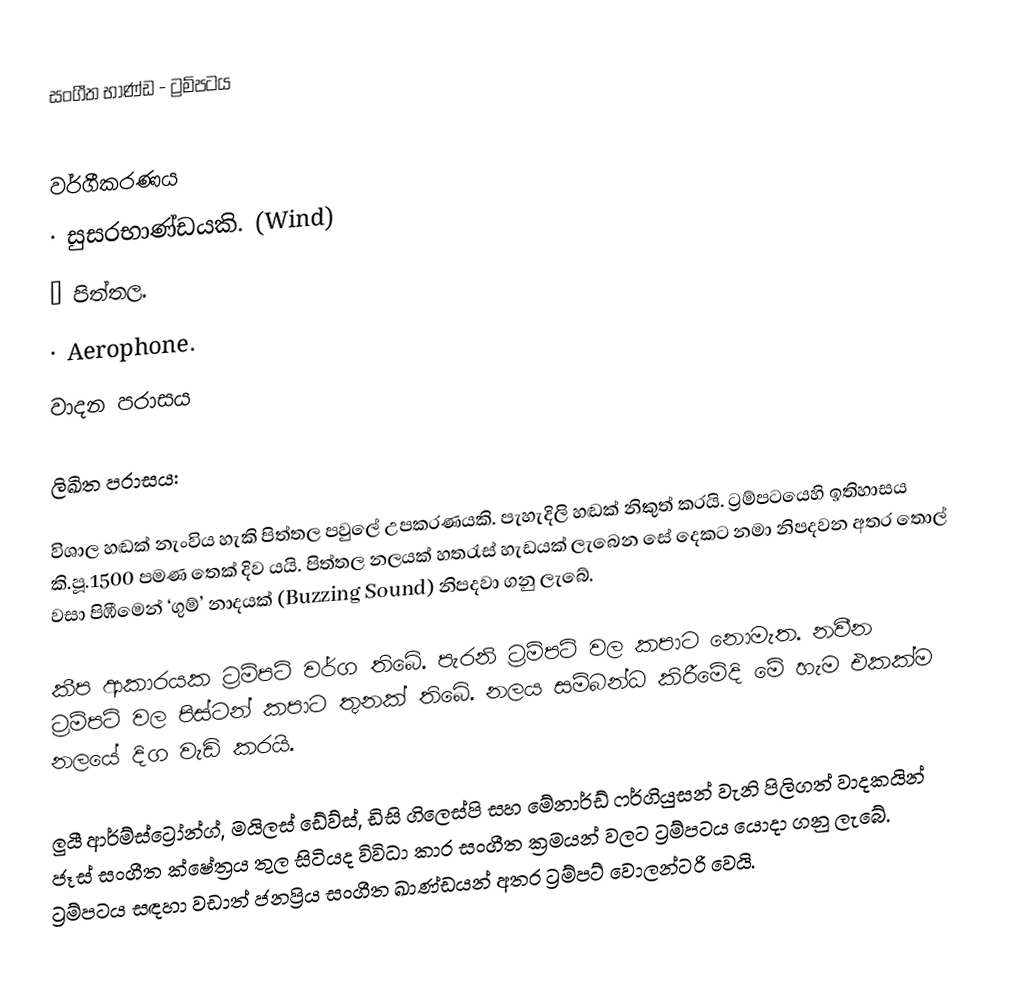
සංගීත භාණ්ඩ - ට්‍රම්පටය

වර්ගීකරණය
·	සුසරභාණ්ඩයකි. (Wind)
·	පිත්තල.
·	Aerophone.
වාදන පරාසය

ලිඛිත පරාසය:

විශාල හඬක් නැංවිය හැකි පිත්තල පවුලේ උපකරණයකි. පැහැදිලි හඬක් නිකුත් කරයි. ට්‍රම්පටයෙහි ඉතිහාසය කි.පූ.1500 පමණ තෙක් දිව යයි. පිත්තල නලයක් හතරැස් හැඩයක් ලැබෙන සේ දෙකට නමා නිපදවන අතර තොල් වසා පිඹීමෙන් ‘ගුම්’ නාදයක් (Buzzing Sound) නිපදවා ගනු ලැබේ.

කීප ආකාරයක ට්‍රම්පට් වර්ග තිබේ. පැරනි ට්‍රම්පට් වල කපාට නොමැත. නවීන ට්‍රම්පට් වල පිස්ටන් කපාට තුනක් තිබේ. නලය සම්බන්ධ කිරීමේදි මේ හැම එකක්ම නලයේ දිග වැඩි කරයි.

ලුයී ආර්ම්ස්ට්‍රෝන්ග්, මයිලස් ඩේව්ස්, ඩිසි ගිලෙස්පි සහ මේනාර්ඩ් ෆර්ගියුසන් වැනි පිලිගත් වාදකයින් ජෑස් සංගීත ක්ෂේත්‍රය තුල සිටියද විවිධා කාර සංගීත ක්‍රමයන් වලට ට්‍රම්පටය යොද‍ා ගනු ලැබේ. ට්‍රම්පටය සඳහා වඩාත් ජනප්‍රිය සංගීත ඛාණ්ඩයන් අතර ට්‍රම්පට් වොලන්ටරි වෙයි.